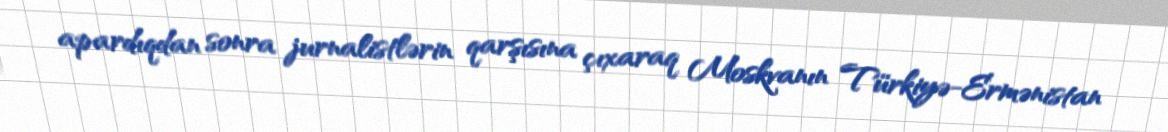
apardıqdan sonra jurnalistlərin qarşısına çıxaraq Moskvanın Türkiyə-Ermənistan